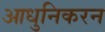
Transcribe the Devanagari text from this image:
आधुनिकरन